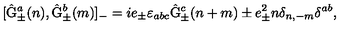
[ \hat { \mathrm { G } } _ { \pm } ^ { a } ( n ) , \hat { \mathrm { G } } _ { \pm } ^ { b } ( m ) ] _ { - } = i e _ { \pm } { \varepsilon } _ { a b c } \hat { \mathrm { G } } _ { \pm } ^ { c } ( n + m ) \pm e _ { \pm } ^ { 2 } n \delta _ { n , - m } \delta ^ { a b } , \,